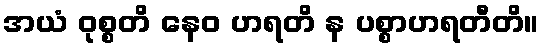
အယံ ဝုစ္စတိ နေဝ ဟရတိ န ပစ္စာဟရတီတိ။